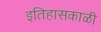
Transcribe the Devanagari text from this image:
इतिहासकाळी